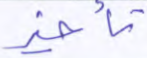
تأخير